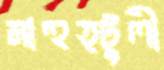
মাহুত্টুলী